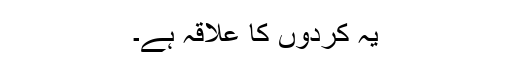
یہ کردوں کا علاقہ ہے۔